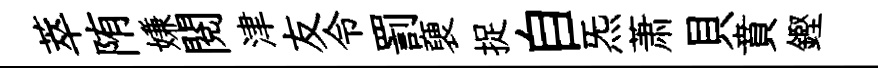
萃陏嫌閲津友令罰褏捉自炁萧貝賁鏗